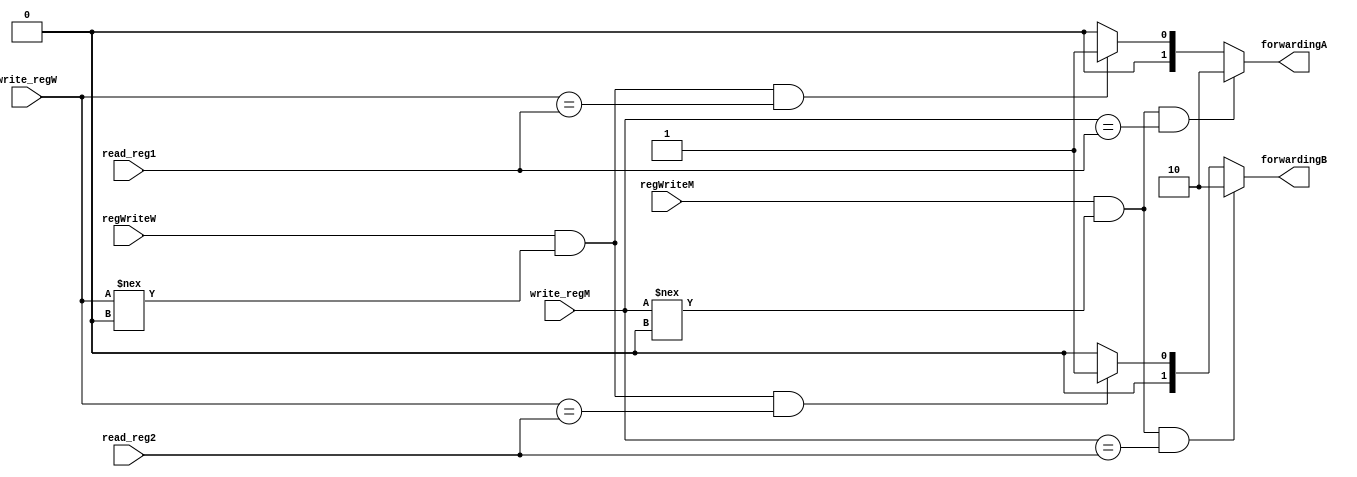
module Hazard_controll (
    input regWriteM, regWriteW, 
    input [4:0] read_reg1, read_reg2, write_regM, write_regW,
    output reg [1:0] forwardingA, forwardingB
);

     
 always @* begin
               if ((regWriteM == 1'b1) && (write_regM !== 5'b0) && (write_regM == read_reg1)) begin
         forwardingA = 2'b10; 
      end else if ((regWriteW == 1'b1) && (write_regW !== 5'b0) && (write_regW == read_reg1)) begin
         forwardingA = 2'b01; 
      end else begin
        forwardingA = 2'b00;
      end
              if ((regWriteM == 1'b1) && (write_regM !== 5'b0) && (write_regM == read_reg2)) begin
         forwardingB = 2'b10; 
      end else if ((regWriteW == 1'b1) && (write_regW !== 5'b0) && (write_regW == read_reg2)) begin
         forwardingB = 2'b01; 
      end else begin
         forwardingB = 2'b00;
      end   
   end
    
endmodule